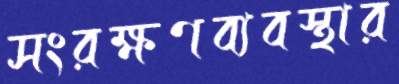
সংরক্ষণব্যবস্থার